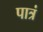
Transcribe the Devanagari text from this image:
पात्रं